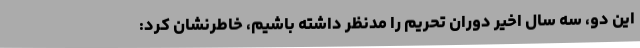
این دو، سه سال اخیر دوران تحریم را مدنظر داشته باشیم، خاطرنشان کرد: